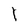
Character: 1